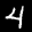
Label: 4